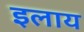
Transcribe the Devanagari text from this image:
इलाय